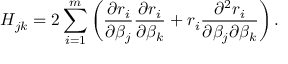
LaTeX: H _ { j k } = 2 \sum _ { i = 1 } ^ { m } \left( { \frac { \partial r _ { i } } { \partial \beta _ { j } } } { \frac { \partial r _ { i } } { \partial \beta _ { k } } } + r _ { i } { \frac { \partial ^ { 2 } r _ { i } } { \partial \beta _ { j } \partial \beta _ { k } } } \right) .